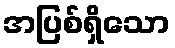
အပြစ်ရှိသော